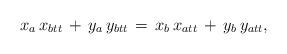
LaTeX: \begin{align*}x_a\,x_{btt} \,+\,y_a\,y_{btt}\,=\,x_b\,x_{att}\,+\,y_b\,y_{att},\end{align*}